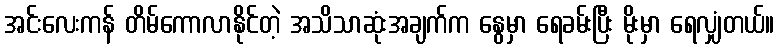
အင်းလေးကန် တိမ်ကောလာနိုင်တဲ့ အသိသာဆုံးအချက်က နွေမှာ ရေခမ်းပြီး မိုးမှာ ရေလျှံတယ်။